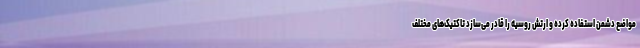
مواضع دشمن استفاده کرده و ارتش روسیه را قادر می‌سازد تاکتیک‌های مختلف